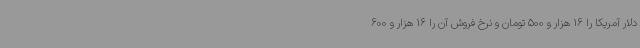
دلار آمریکا را 16 هزار و 500 تومان و نرخ فروش آن را 16 هزار و 600